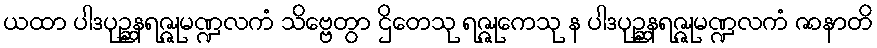
ယထာ ပါဒပုဉ္ဆနရဇ္ဇုမဏ္ဍလကံ သိဗ္ဗေတွာ ဌိတေသု ရဇ္ဇုကေသု န ပါဒပုဉ္ဆနရဇ္ဇုမဏ္ဍလကံ ဇာနာတိ